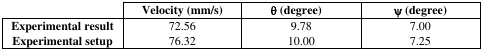
<table><thead><tr><td></td><td><b>Velocity (mm/s)</b></td><td><b>θ (degree)</b></td><td><b>ψ (degree)</b></td></tr></thead><tbody><tr><td><b>Experimental result</b></td><td>72.56</td><td>9.78</td><td>7.00</td></tr><tr><td><b>Experimental setup</b></td><td>76.32</td><td>10.00</td><td>7.25</td></tr></tbody></table>